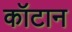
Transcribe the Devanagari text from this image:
कॉटान